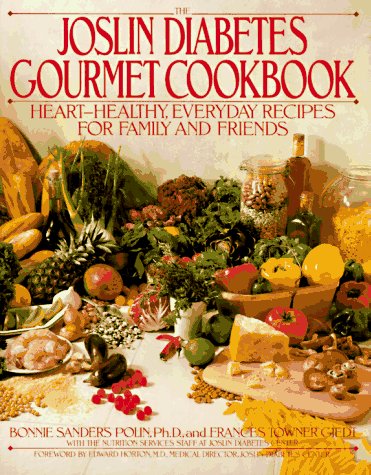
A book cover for The Joslin Diabetes Gourmet Cookbook: Heart-Healthy Everyday Recipes For Family And Friends; Bonnie Sanders Polin; Health, Fitness & Dieting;